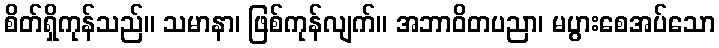
စိတ်ရှိကုန်သည်။ သမာနာ၊ ဖြစ်ကုန်လျက်။ အဘာဝိတပညာ၊ မပွားစေအပ်သော